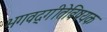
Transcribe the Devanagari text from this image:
भगवद्‌गीतेविषयक